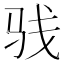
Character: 𩧩